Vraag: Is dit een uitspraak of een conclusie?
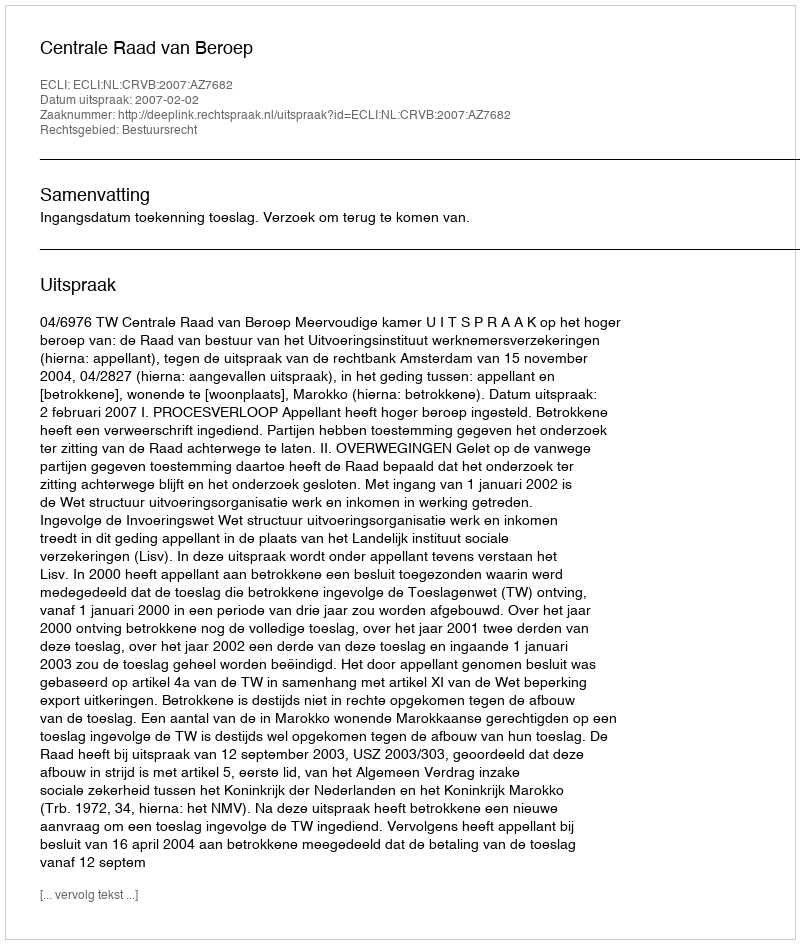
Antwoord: Uitspraak